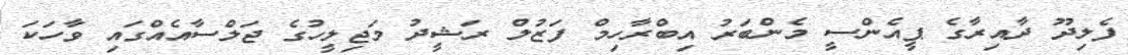
ފެލިދޫ ދާއިރާގެ ޕީއެންސީ މެންބަރު އިބްރާހިމް ފަޒުލް ރަޝީދު މަޖިލީހުގެ ޖަލްސާއެއްގައި ވާހަކަ